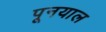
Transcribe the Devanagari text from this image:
पूनयाल